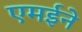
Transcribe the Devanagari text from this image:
एमईने